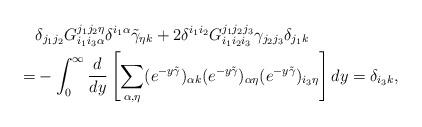
LaTeX: \begin{align*}&\delta_{j_1j_2}G_{i_1i_3\alpha}^{j_1j_2\eta} \delta^{i_1\alpha}\tilde\gamma_{\eta k} +2\delta^{i_1i_2}G_{i_1i_2i_3}^{j_1j_2j_3} \gamma_{j_2j_3}\delta_{j_1k}\\=&-\int_0^\infty\frac{d}{dy}\left[\sum_{\alpha,\eta}(e^{-y\tilde\gamma})_{\alpha k}(e^{-y\tilde \gamma})_{\alpha\eta}(e^{-y\tilde\gamma})_{i_3\eta}\right]dy=\delta_{i_3k},\end{align*}